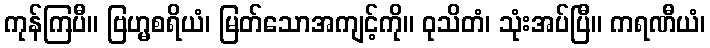
ကုန်ကြပီ။ ဗြဟ္မစရိယံ၊ မြတ်သောအကျင့်ကို။ ဝုသိတံ၊ သုံးအပ်ပြီ။ ကရဏီယံ၊